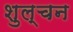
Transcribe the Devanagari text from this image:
शुल्चन